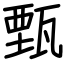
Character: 甄